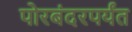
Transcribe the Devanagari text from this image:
पोरबंदरपर्यंत